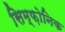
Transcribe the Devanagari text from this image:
सिम्फ़ोनिक